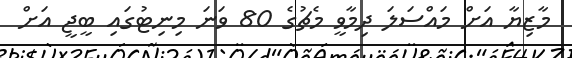
މާޒިޔާ އަށް މައްސަލަ ދިމާވީ މެޗުގެ 80 ވަނަ މިނިޓުގައި ބީޖީ އަށް